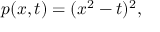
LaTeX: p ( x , t ) = ( x ^ { 2 } - t ) ^ { 2 } ,